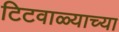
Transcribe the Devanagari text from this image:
टिटवाळ्याच्या